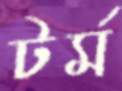
টর্ম